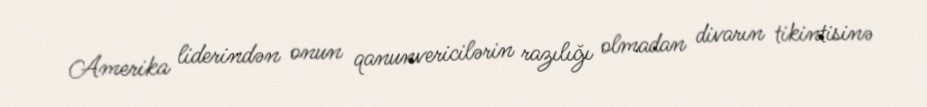
Amerika liderindən onun qanunvericilərin razılığı olmadan divarın tikintisinə